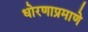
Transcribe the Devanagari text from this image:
धोरणाप्रमाणे